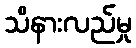
သိနားလည်မှု